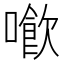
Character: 𠿮